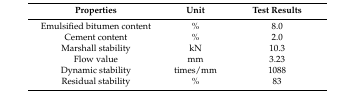
| Properties | Unit | Test Results |
 | --- | --- | --- |
 | Emulsified bitumen content | % | 8.0 |
 | Cement content | % | 2.0 |
 | Marshall stability | kN | 10.3 |
 | Flow value | mm | 3.23 |
 | Dynamic stability | times/mm | 1088 |
 | Residual stability | % | 83 |